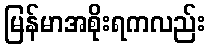
မြန်မာအစိုးရကလည်း